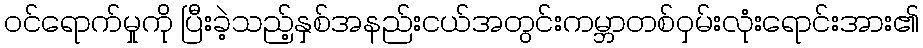
ဝင်ရောက်မှုကို ပြီးခဲ့သည့်နှစ်အနည်းငယ်အတွင်းကမ္ဘာတစ်ဝှမ်းလုံးရောင်းအား၏